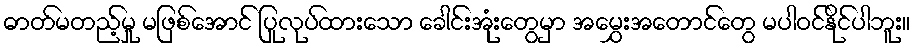
ဓာတ်မတည့်မှု မဖြစ်အောင် ပြုလုပ်ထားသော ခေါင်းအုံးတွေမှာ အမွှေးအတောင်တွေ မပါဝင်နိုင်ပါဘူး။